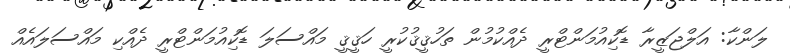
ލަންކާ: އަލްޖަޒީރާ ޑޮކިއުމަންޓްރީ ދެއްކުމުން ތަހުޤީޤުކުރީ ހަޤީޤީ މައްސަލަ ޑޮކިއުމަންޓްރީ ދެއްކި މައްސަލައެއް